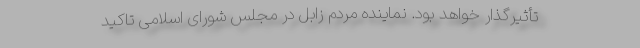
تأثیرگذار خواهد بود. نماینده مردم زابل در مجلس شورای اسلامی تاکید